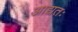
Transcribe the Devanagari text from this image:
आद्यतः